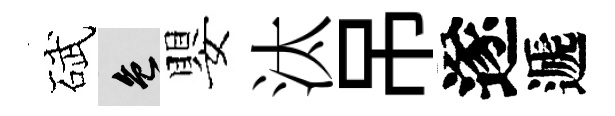
碔色嬰汰吊遂遞